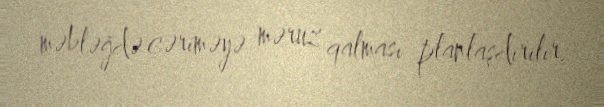
məbləğdə cəriməyə məruz qalması planlaşdırılır.